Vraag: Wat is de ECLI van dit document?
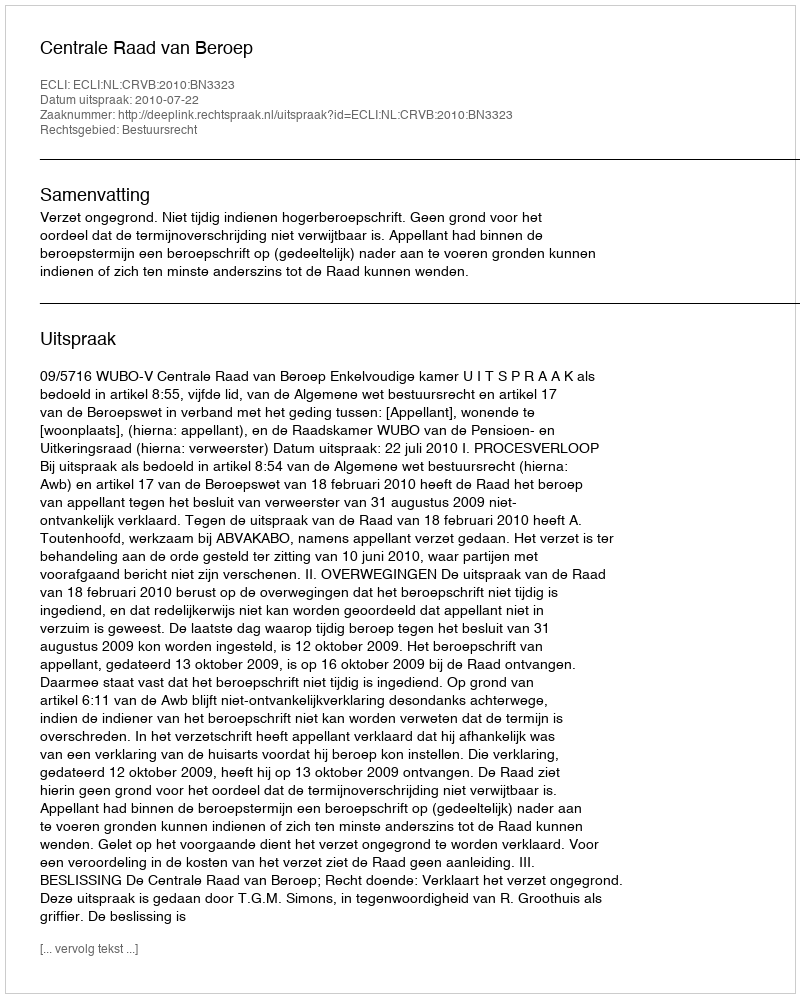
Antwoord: ECLI:NL:CRVB:2010:BN3323